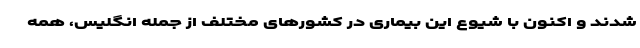
شدند و اکنون با شیوع این بیماری در کشورهای مختلف از جمله انگلیس، همه